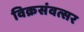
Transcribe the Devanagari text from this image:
विक्रसंवत्सर